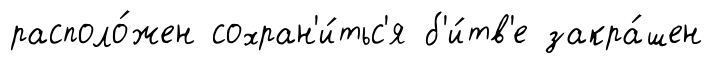
располо́жен сохран'и́тьс'я б'и́тв'е закра́шен